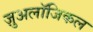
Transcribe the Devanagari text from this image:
ज़ुअलॉजिकल